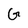
Character: G